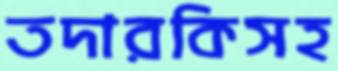
তদারকিসহ